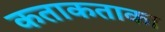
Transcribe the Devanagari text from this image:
कताकताका